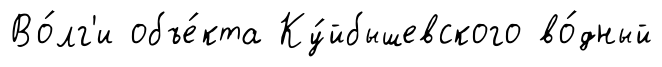
Во́лг'и объе́кта Ку́йбышевского во́дный